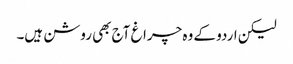
لیکن اردو کے وہ چراغ آج بھی روشن ہیں۔